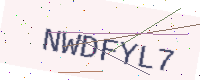
Text: NWDFYL7